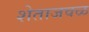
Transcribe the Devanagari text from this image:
शेताजवळ